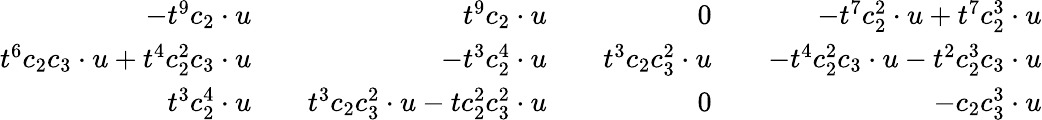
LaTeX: \begin{array}{rlrlrlr}{-t^{9}c_{2}\cdot u}&{}&{t^{9}c_{2}\cdot u}&{}&{0}&{}&{-t^{7}c_{2}^{2}\cdot u+t^{7}c_{2}^{3}\cdot u}\\ {t^{6}c_{2}c_{3}\cdot u+t^{4}c_{2}^{2}c_{3}\cdot u}&{}&{-t^{3}c_{2}^{4}\cdot u}&{}&{t^{3}c_{2}c_{3}^{2}\cdot u}&{}&{-t^{4}c_{2}^{2}c_{3}\cdot u-t^{2}c_{2}^{3}c_{3}\cdot u}\\ {t^{3}c_{2}^{4}\cdot u}&{}&{t^{3}c_{2}c_{3}^{2}\cdot u-tc_{2}^{2}c_{3}^{2}\cdot u}&{}&{0}&{}&{-c_{2}c_{3}^{3}\cdot u}\end{array}